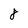
Character: 8